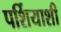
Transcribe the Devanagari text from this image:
पर्शियाशी